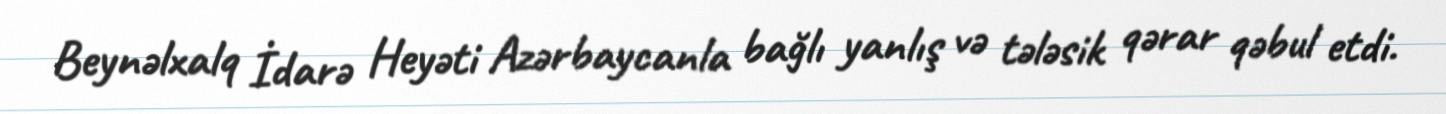
Beynəlxalq İdarə Heyəti Azərbaycanla bağlı yanlış və tələsik qərar qəbul etdi.